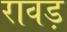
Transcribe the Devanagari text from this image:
रावड़